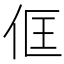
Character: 㑌